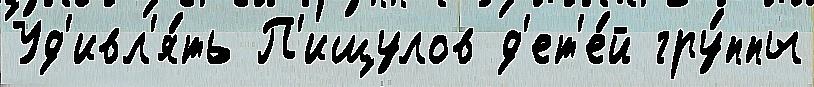
Уд'ивл'я́ть П'ищулов д'ет'е́й гру́ппы